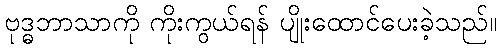
ဗုဒ္ဓဘာသာကို ကိုးကွယ်ရန် ပျိုးထောင်ပေးခဲ့သည်။